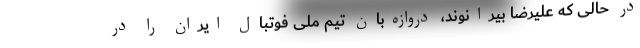
در حالی که علیرضا بیرانوند، دروازه‌بان تیم ملی فوتبال ایران را در